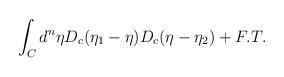
LaTeX: \begin{align*}\int_Cd^n\eta D_c(\eta_1 - \eta)D_c(\eta - \eta_2)+ F. T.\end{align*}